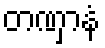
တဏှာနံ